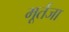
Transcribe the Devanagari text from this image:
मूर्तजा